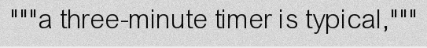
"""a three-minute timer is typical,"""